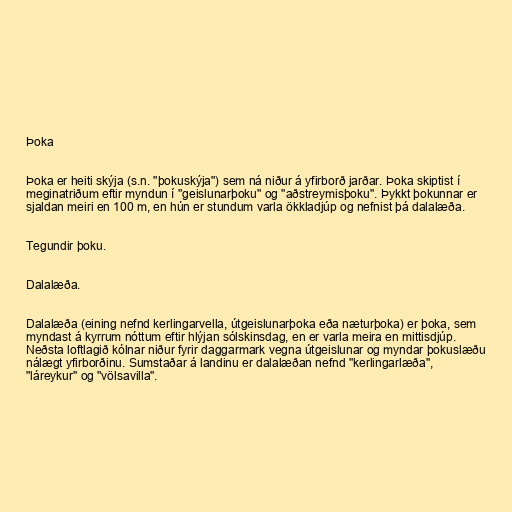
Þoka

Þoka er heiti skýja (s.n. "þokuskýja") sem ná niður á yfirborð jarðar. Þoka skiptist í
meginatriðum eftir myndun í "geislunarþoku" og "aðstreymisþoku". Þykkt þokunnar er
sjaldan meiri en 100 m, en hún er stundum varla ökkladjúp og nefnist þá dalalæða.

Tegundir þoku.

Dalalæða.

Dalalæða (eining nefnd kerlingarvella, útgeislunarþoka eða næturþoka) er þoka, sem
myndast á kyrrum nóttum eftir hlýjan sólskinsdag, en er varla meira en mittisdjúp.
Neðsta loftlagið kólnar niður fyrir daggarmark vegna útgeislunar og myndar þokuslæðu
nálægt yfirborðinu. Sumstaðar á landinu er dalalæðan nefnd "kerlingarlæða",
"láreykur" og "völsavilla".